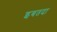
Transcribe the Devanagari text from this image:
इबतदा